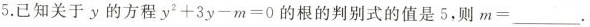
5.已知关于y的方程$$ y^{2} + 3 y - m = 0$$的根的判别式的值是5，则$$m = ___$$。